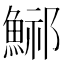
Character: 𩷾